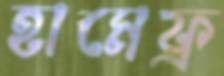
হামেফ্র